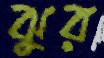
ঝুর